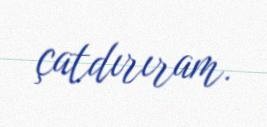
çatdırıram.